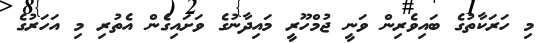
މި ހަރަކާތުގެ ބައިވެރިން ވަނީ ޖުމްހޫރީ މައިދާނުގެ ވަށައިގެން އެތުރި މި އަހަރުގެ